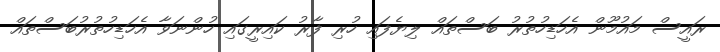
ރައީސް މައުމޫން އެހަޑިހުތުރު ބަސްތައް ލިޔެފައި ހުރި ފާރު ކައިރީގައި ހުންނަވާ އެހަޑިހުތުރުބަސްތައް